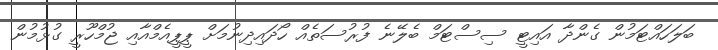
ބަލަހައްޓަމުން ގެންދާ އައިޓީ ސިސްޓަމް ބެލޭނެ ފުރުސަތެއް ހޯދައިދިނުމަށް ޕީޕީއެމްއާއި ޖުމްހޫރީ ގުޅުމުން